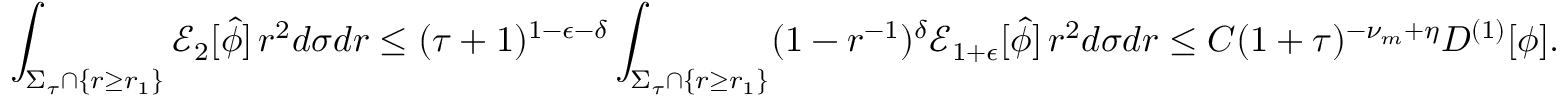
\int _ { \Sigma _ { \tau } \cap \{ r \geq r _ { 1 } \} } \mathcal { E } _ { 2 } [ \widehat { \phi } ] \, r ^ { 2 } d \sigma d r \leq ( \tau + 1 ) ^ { 1 - \epsilon - \delta } \int _ { \Sigma _ { \tau } \cap \{ r \geq r _ { 1 } \} } ( 1 - r ^ { - 1 } ) ^ { \delta } \mathcal { E } _ { 1 + \epsilon } [ \widehat { \phi } ] \, r ^ { 2 } d \sigma d r \leq C ( 1 + \tau ) ^ { - \nu _ { m } + \eta } D ^ { ( 1 ) } [ \phi ] .